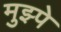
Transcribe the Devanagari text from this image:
मुझ्पे